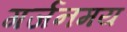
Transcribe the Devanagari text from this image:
गर्जनमय